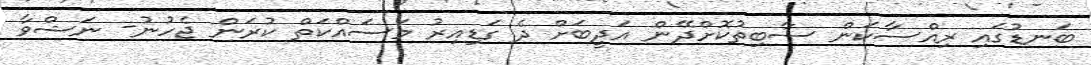
ބަނޑުގައި ރިއްސާކަން ސާބިތުކޮށްދޭން އަދީބަށް ދެ ގަޑިއިރު މަސައްކަތް ކުރަން ޖެހުނު- ނަޝްވާ